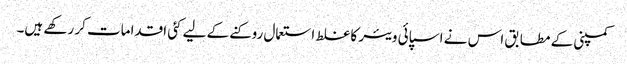
کمپنی کے مطابق اس نے اسپائی ویئر کا غلط استعمال روکنے کے لیے کئی اقدامات کر رکھے ہیں۔